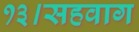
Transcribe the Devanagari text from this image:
१३।सहवाग